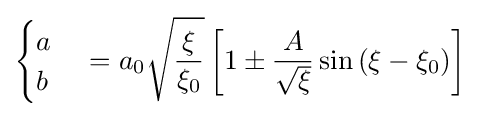
{\begin{cases}a\\b\end{cases}}=a_{0}{\sqrt {\frac {\xi }{\xi _{0}}}}\left[1\pm {\frac {A}{\sqrt {\xi }}}\sin \left(\xi -\xi _{0}\right)\right]